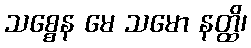
သစ္စေန မေ သမော နတ္ထိ၊